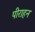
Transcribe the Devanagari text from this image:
पीराहन